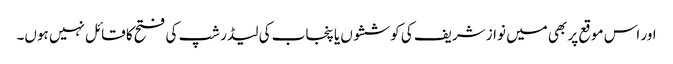
اور اس موقع پر بھی میں نواز شریف کی کوششوں یا پنجاب کی لیڈر شپ کی فتح کا قائل نہیں ہوں۔